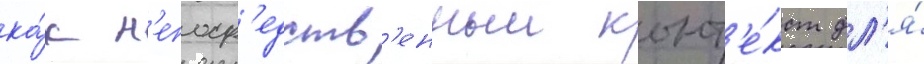
ка́к н'епоср'едств'енныи конт'е́кст дл'я́